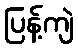
ပြန့်ကျဲ